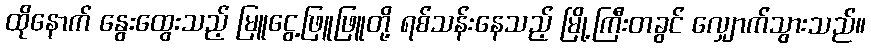
ထိုနောက် နွေးထွေးသည့် မြူငွေ့ဖြူဖြူတို့ ရစ်သန်းနေသည့် မြို့ကြီးတခွင် လျှောက်သွားသည်။